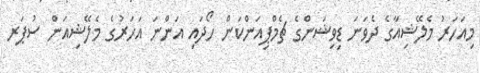
މިއަހަރު މެލޭޝިއާގެ ދެވަނަ ޑިވިޝަންގެ ޗެމްޕިއަންކަން ހޯދައި އަންނަ އަހަރުގެ މެލޭޝިއަން ސުޕަރ